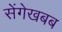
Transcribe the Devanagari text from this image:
सेंगेखबब